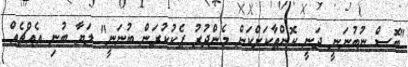
"ބޮސް ނުބުނަނީ ދަނީ ކޮންތާކަށްކަން މެންދުރު ޕެކުކުރަން ބުނަނީ" ލަޔާ ބުނި އެއްޗެއް